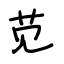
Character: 苋